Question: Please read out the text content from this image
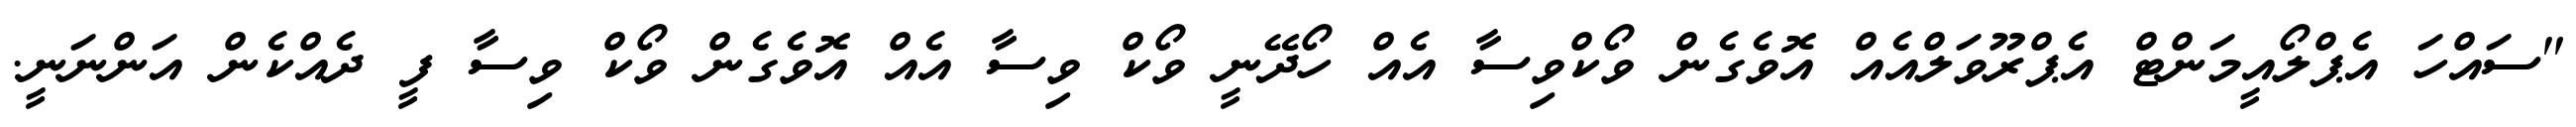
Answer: "ސައްހަ އެޕްލޯއީމަންޓް އެޕްރޫވަލްއެއް އޮވެގެން ވޯކްވިސާ އެއް ހޯދޭނީ ވޯކް ވިސާ އެއް އޮވެގެން ވޯކް ވިސާ ފީ ދެއްކެން އަންނަނީ.